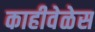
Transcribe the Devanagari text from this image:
काहीवेळेस